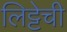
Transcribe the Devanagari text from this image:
लिट्टेची